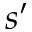
s ^ { \prime }